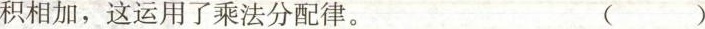
积相加，这运用了乘法分配律。()